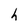
Character: h